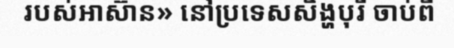
របស់អាស៊ាន» នៅប្រទេសសិង្ហបុរី ចាប់ពី